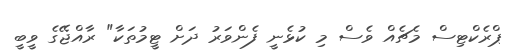
ޕްރެކްޓިސް މެޗެއް ވެސް މި ކުޅެނީ ފެންވަރު ދަށް ޓީމުތަކާ" ރާއްޖޭގެ ވީބީ